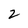
Character: 2